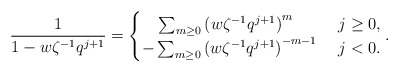
\begin{align*}\frac{1}{1-w\zeta^{-1}q^{j+1}} = \begin{cases} \ \ \ \sum_{m\geq0} \left(w\zeta^{-1}q^{j+1}\right)^m & \ j \geq 0, \\ -\sum_{m\geq0} \left(w\zeta^{-1}q^{j+1}\right)^{-m-1} & \ j<0. \end{cases}. \end{align*}